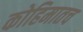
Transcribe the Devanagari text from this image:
कोहिमातच